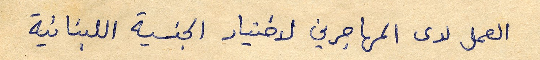
العمل لدى المهاجرين لاختيار الجنسية اللبنانية